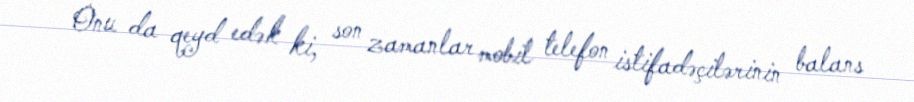
Onu da qeyd edək ki, son zamanlar mobil telefon istifadəçilərinin balans